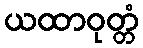
ယထာဝုတ္တံ